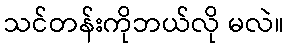
သင်တန်းကိုဘယ်လို မလဲ။